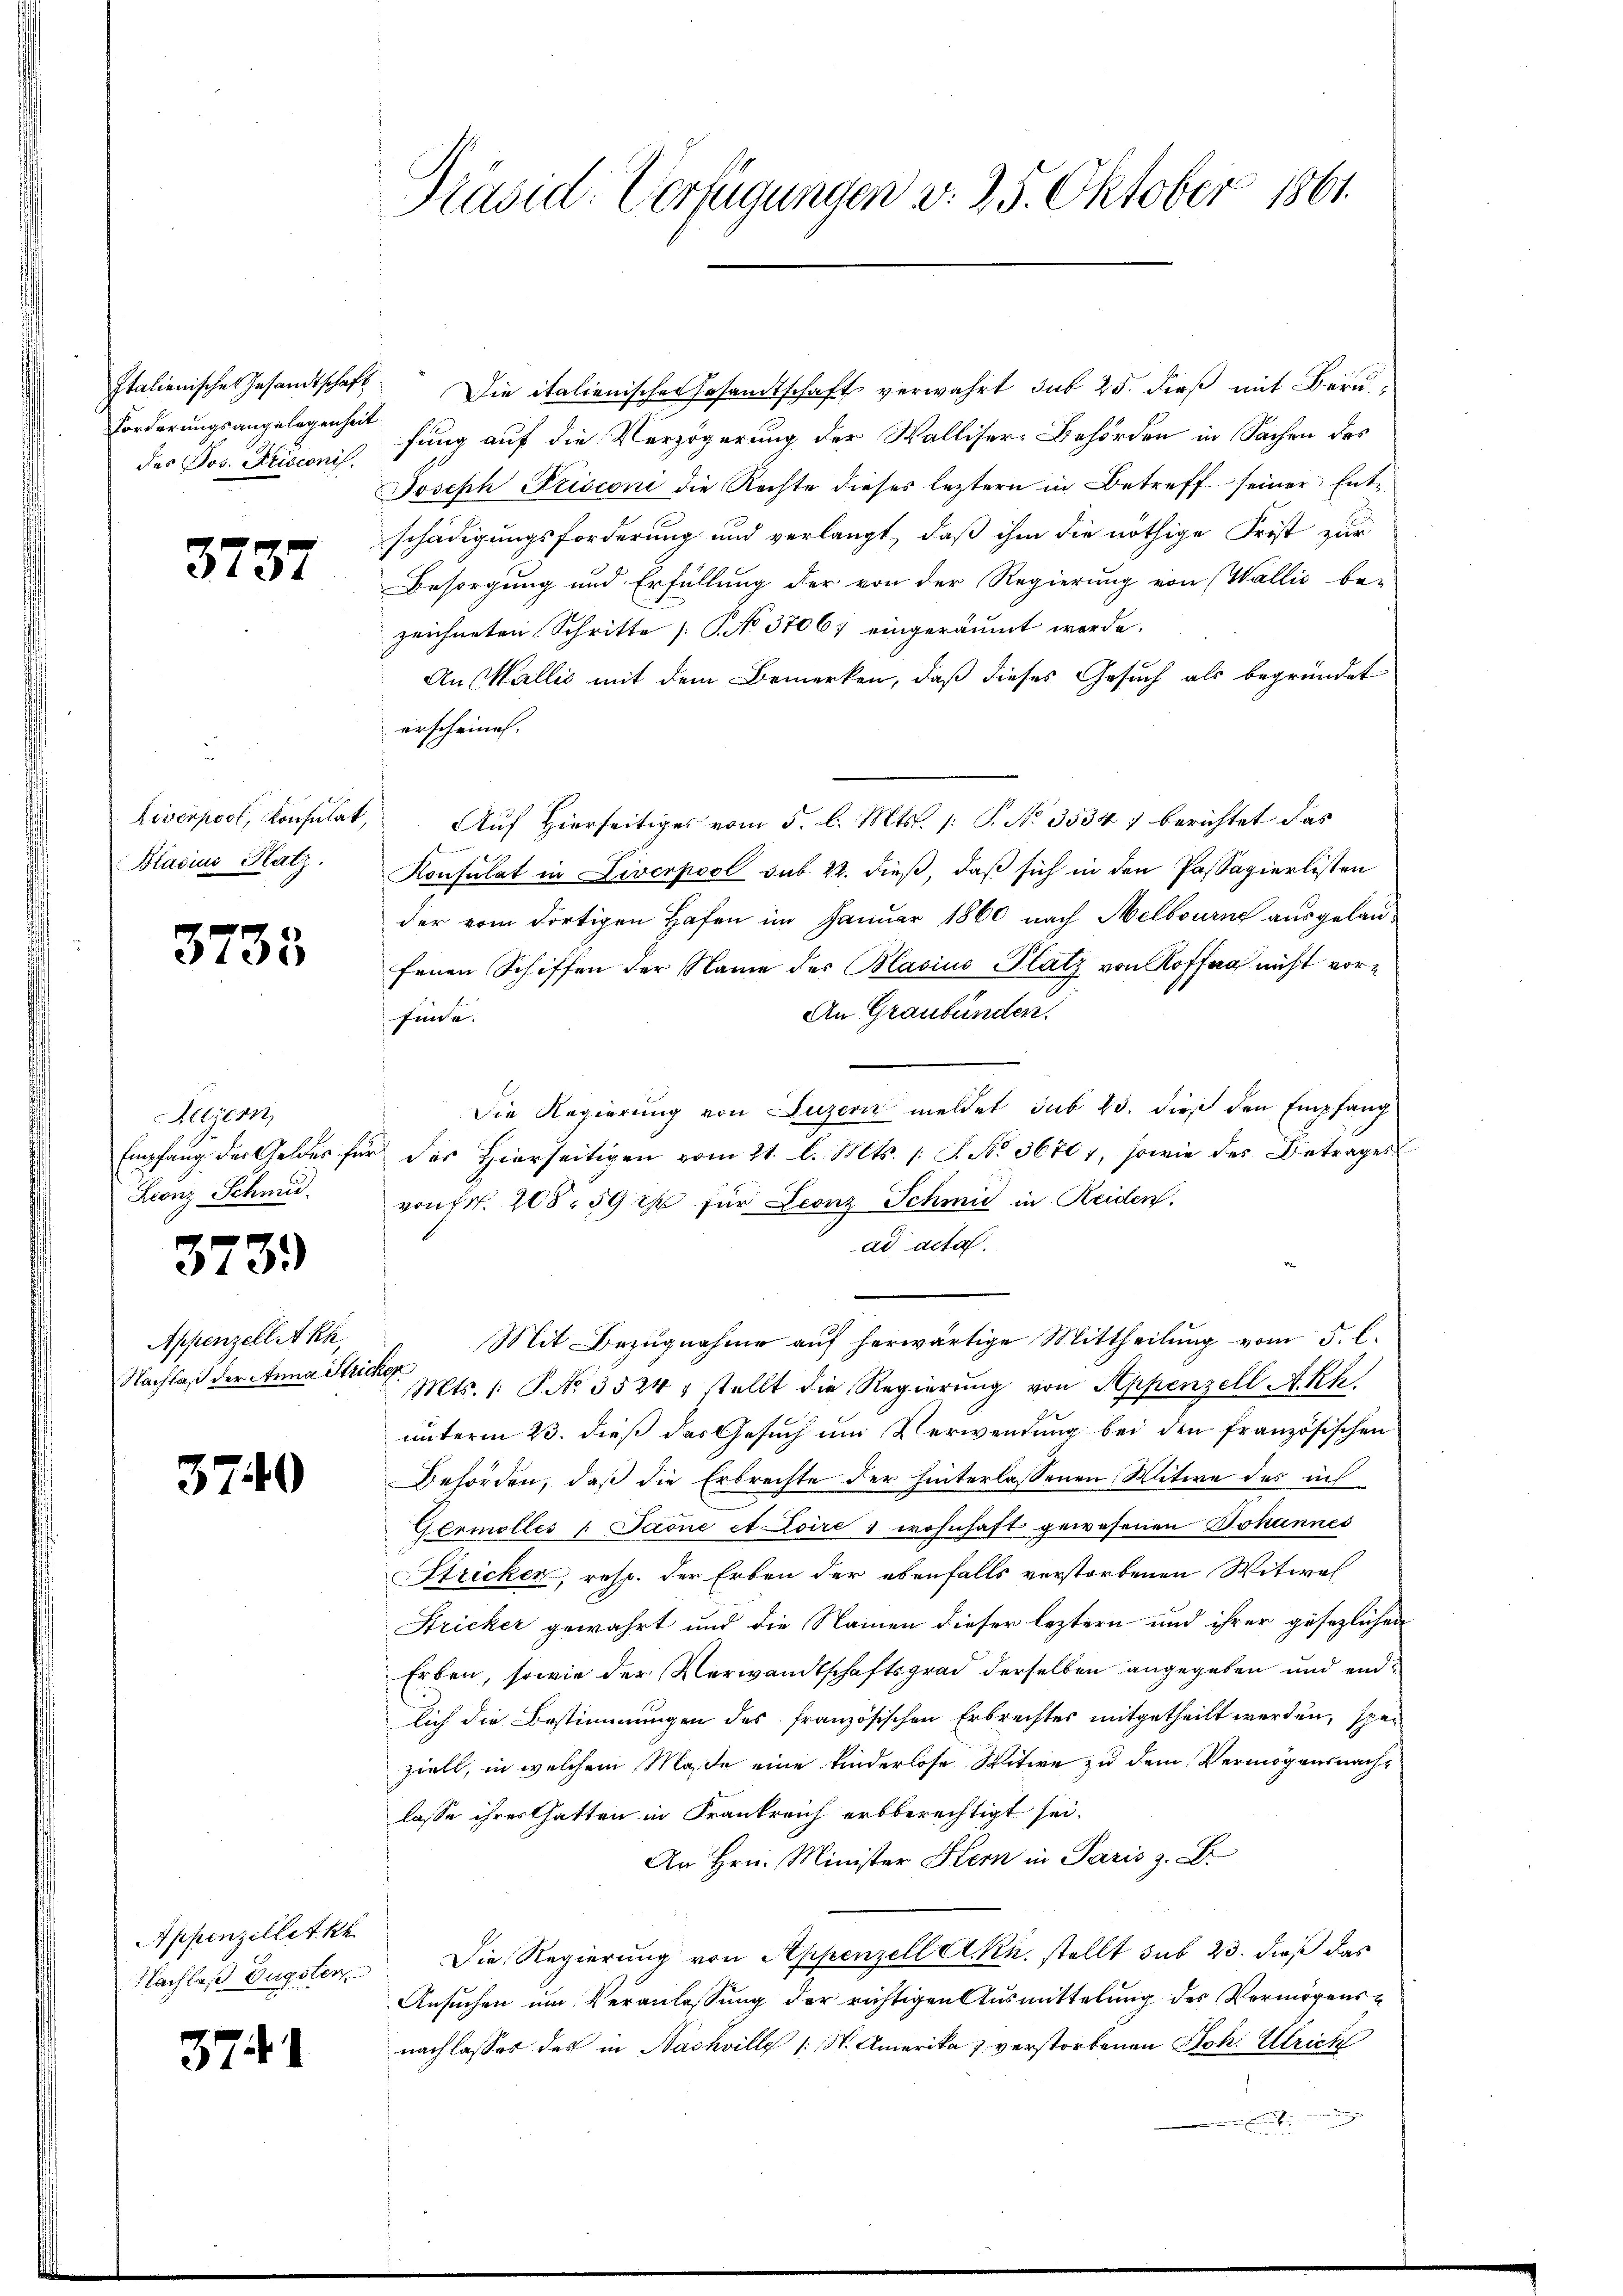
Italienische Gesandtschaft
Forderungsangelegenheit
des Jos. Frisconis.

3737

Liverpool, Konsulat,
Blasius Platz.

3738

Aegern
Empfang der Geldes für
Leonz Schmi

373.

Appenzell Akh,
Nachlaß der Anna Stric

3740

Appenzellet ke
Nachlaß Eugster

3741

Präsid. Verfügungen v. 25. Oktober 1861.

Die italienisches Gesandtschaft verwahrt sub 25. dieß mit Bern
fung auf die Verzögerung der Walliser-Behörden in Sachen des
Joseph Frisconi die Rechte dieses leztern in Betreff seiner Entschädigungsforderung und verlangt, daß ihm die nöthige Frist zur
Besorgung und Erfüllung der von der Regierung von (Wallis be-
zeichneten Schritte [No 37067 eingeräumt werde.
An Wallis mit dem Bemerken, daß dieses Gesuch als begründet
erscheinen.
Auf Hierseitiges vom 5. d. Mts. /: P. No. 3534) berichtet das
Konsulat in Liverpool sub. 22. dieß, daß sich in den Passagierlisten
der vom dortigen Hafen im Januar 1860 nach Melbourne ausgelaufenen Schiffen der Name der Blasius Platz von Koffe nicht vor¬
An Graubünden.
finde.
Die Regierung von Luzern meldet sub 23. dieß den Empfang
des Hierseitigen vom 21. l. Mts. [S. No 36707, sowie des Betrages
von Fr. 208. 59 xx für Leonz Schmid in Reiden.
ad acta.
Mit Bezŭgnahme aŭf herwärtige Mittheilŭng vom 5. l.
.
Mts. /: P. No. 3524: tellt die Regierŭng von Appenzell A. K
unterm 23. dieß das Gesuch um Verwendung bei den französischen
Behörden, daß die Erbrechte der hinterlassenen Witwe des ich
Germellés " Paone et Loire & wohnhaft gewesenen Johannes
Stricken, resp. der Erben der ebenfalls verstorbenen Witwel
Stricker gewährt und die Namen dieser leztern und ihrer gesezlichen
Erben, sowie der Verwandtschaftsgrad derselben angegeben und endlich die Bestimmungen des französischen Erbrechtes mitgetheilt werden, speziell, in welchem Maße eine Kinderlose Witwe zu dem Vermögensnachs
lasse ihres Gatten in Frankreich erbberechtigt sei.
An Hrn. Minister Hern in Paris z. B.
Die Regierung von Appenzell A.Rh. stellt sub 23. dieß das
Ansuchen um Veranlassung der richtigen Ausmittelung des Vermögensnachlasset des in Nachville (S. Amerika verstorbenen Joh. Ulrich
n der
.